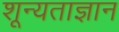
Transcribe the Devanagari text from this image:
शून्यताज्ञान